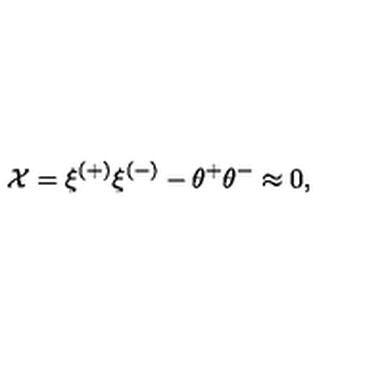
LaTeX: { \cal X } = \xi ^ { ( + ) } \xi ^ { ( - ) } - \theta ^ { + } \theta ^ { - } \approx 0 ,